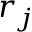
r _ { j }